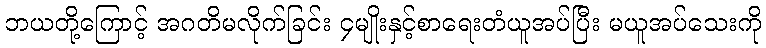
ဘယတို့ကြောင့် အဂတိမလိုက်ခြင်း ၄မျိုးနှင့်စာရေးတံယူအပ်ပြီး မယူအပ်သေးကို